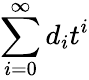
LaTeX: \sum_{i=0}^{\infty}d_{i}t^{i}